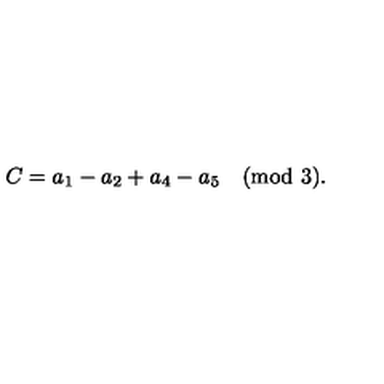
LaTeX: C = a _ { 1 } - a _ { 2 } + a _ { 4 } - a _ { 5 } \quad \mathrm { ( m o d \ 3 ) . }